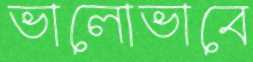
ভালোভাবে